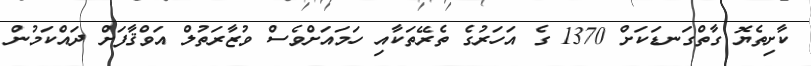
ކާށިތެޔޮ ގާތްގަނޑަކަށް 1370 ގެ އަހަރުގެ ތެރޭތަކާއި ހަމައަށްވެސް ވުޒާރަތުލް އަވްޤާފަށް ދައްކަމުން